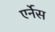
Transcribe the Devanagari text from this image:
एर्नेस